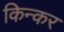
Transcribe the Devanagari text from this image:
किन्कर